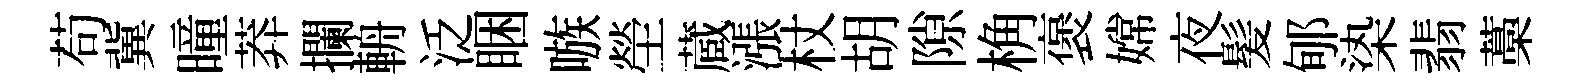
苟冀曈莽攔輈泛睏嗾塋蔵漲杖胡隙桷褒嫦夜髪郇𣑱翡藁